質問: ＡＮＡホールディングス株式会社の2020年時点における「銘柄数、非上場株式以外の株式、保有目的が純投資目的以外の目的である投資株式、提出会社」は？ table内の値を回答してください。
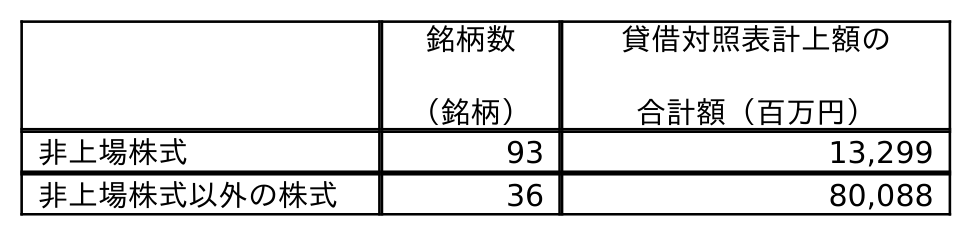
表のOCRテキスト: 銘柄数 （銘柄） 貸借対照表計上額の 合計額（百万円） 非上場株式 93 13,299 非上場株式以外の株式 36 80,088
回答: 36